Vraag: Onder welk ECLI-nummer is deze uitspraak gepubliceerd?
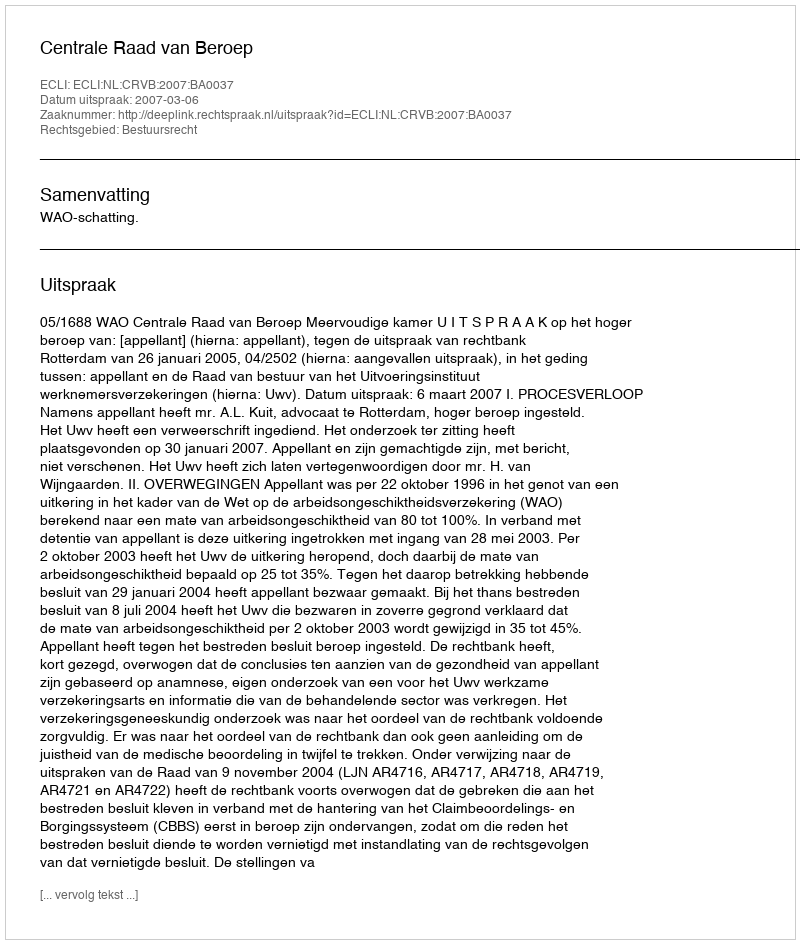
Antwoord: ECLI:NL:CRVB:2007:BA0037